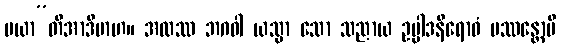
မယာ”တိအာဒိမာဟ။ အထဿ ဘဂဝါ ယသ္မာ သော သညာယ ဥပ္ပါဒနိရောဓံ ပဿန္တောပိ